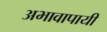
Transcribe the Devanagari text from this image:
अभावापायी